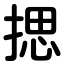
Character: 揌